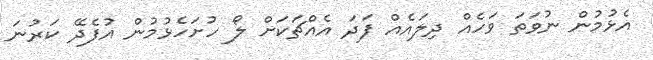
އެޅުމުން ނުވަތަ ވަހެއް ދިލައެއް ފަދަ އެއްޗަކަށް ލޯ ހުށަހެޅުމުން އުފެދޭ ކަރުނަ